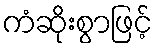
ကံဆိုးစွာဖြင့်